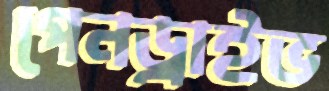
পেনড্রাইভ